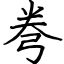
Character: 弮